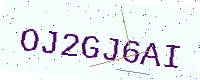
Text: OJ2GJ6AI